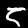
Label: 5